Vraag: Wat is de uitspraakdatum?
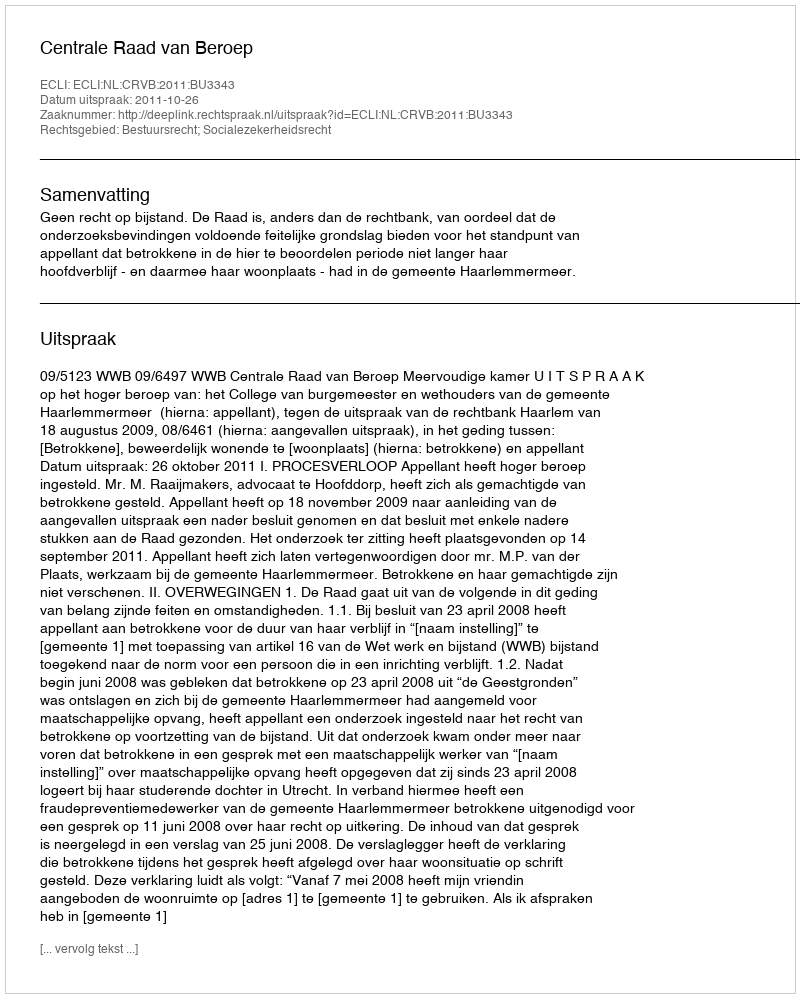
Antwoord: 2011-10-26